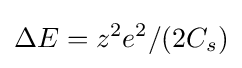
\Delta E=z^{2}e^{2}/(2C_{s})